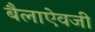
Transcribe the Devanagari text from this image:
बैलाऐवजी